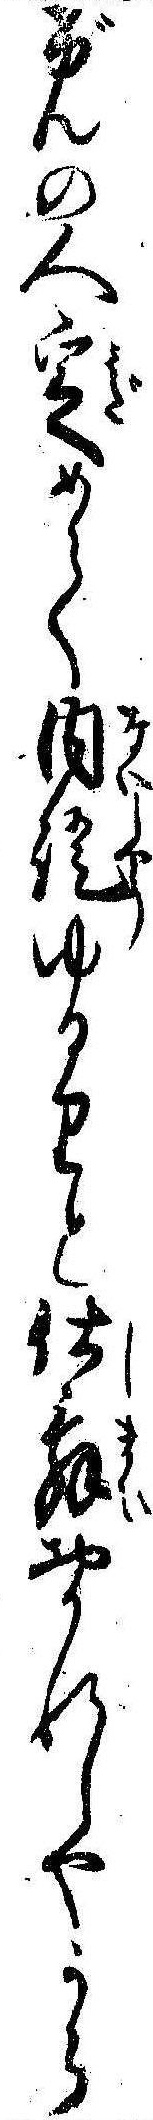
げんの人定めて内証ゆるりと仕舞おかれしやうら